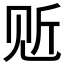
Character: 𲁒